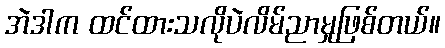
အဲဒါက ထင်ထားသလိုပဲလိမ်ညာမှုဖြစ်တယ်။